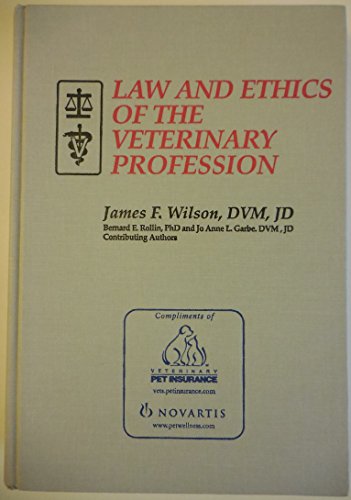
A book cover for Law and Ethics of the Veterinary Profession; James F. Wilson; Law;